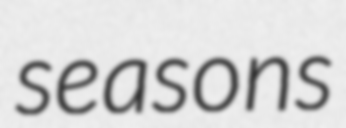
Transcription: seasons